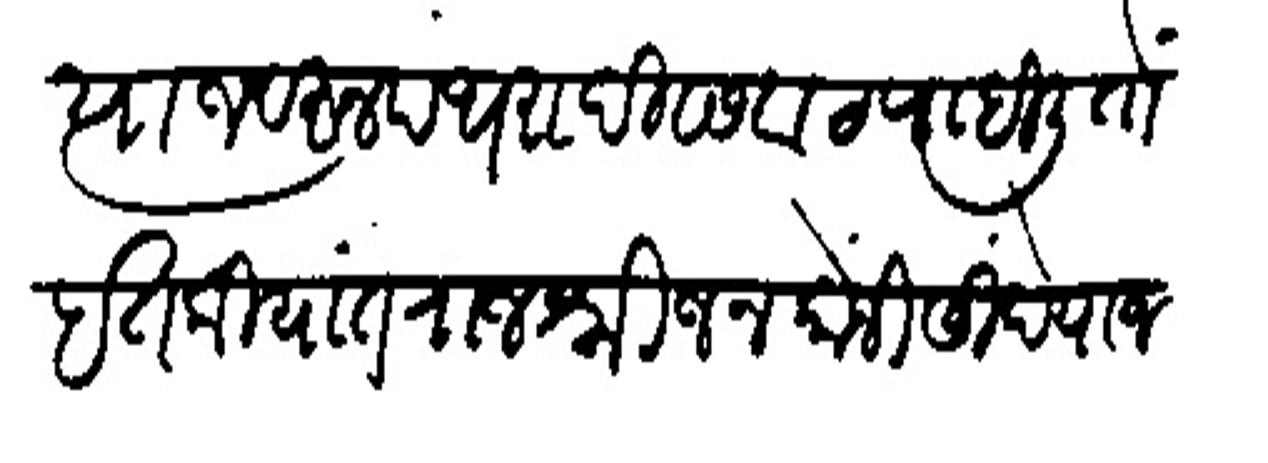
Transliteration (Devanagari): त्याजवरन पंधरा दिवस वाट पाहिली तों इतकियांत राजश्री जनकोंजी सिंदे याज